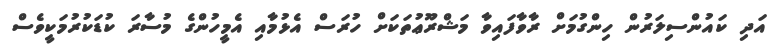
އަދި ކައުންސިލަރުން ހިންގުމަށް ރާވާފައިވާ މަޝްރޫޢުތަކަށް ހުރަސް އެޅުމާއި އެމީހުންގެ މުސާރަ ކުޑަކުރުމަކީވެސް